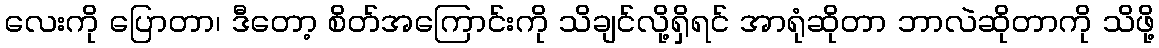
လေးကို ပြောတာ၊ ဒီတော့ စိတ်အကြောင်းကို သိချင်လို့ရှိရင် အာရုံဆိုတာ ဘာလဲဆိုတာကို သိဖို့